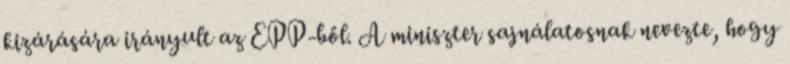
kizárására irányult az EPP-ből. A miniszter sajnálatosnak nevezte, hogy